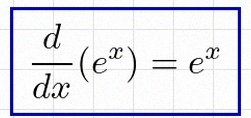
\frac{d}{dx}(e^x)=e^x